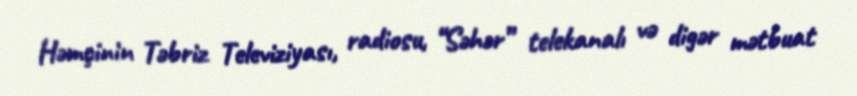
Həmçinin Təbriz Televiziyası, radiosu, “Səhər” telekanalı və digər mətbuat